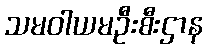
သမဝါယမဦးစီးဌာန